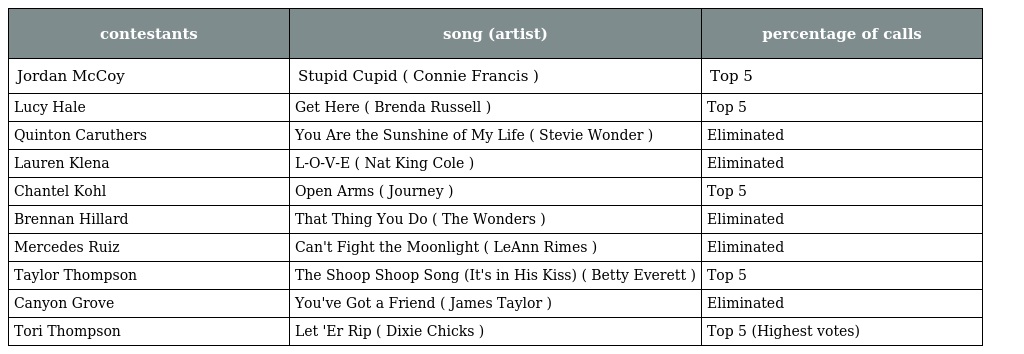
| contestants | song (artist) | percentage of calls |
 | --- | --- | --- |
 | Jordan McCoy | Stupid Cupid ( Connie Francis ) | Top 5 |
 | Lucy Hale | Get Here ( Brenda Russell ) | Top 5 |
 | Quinton Caruthers | You Are the Sunshine of My Life ( Stevie Wonder ) | Eliminated |
 | Lauren Klena | L-O-V-E ( Nat King Cole ) | Eliminated |
 | Chantel Kohl | Open Arms ( Journey ) | Top 5 |
 | Brennan Hillard | That Thing You Do ( The Wonders ) | Eliminated |
 | Mercedes Ruiz | Can't Fight the Moonlight ( LeAnn Rimes ) | Eliminated |
 | Taylor Thompson | The Shoop Shoop Song (It's in His Kiss) ( Betty Everett ) | Top 5 |
 | Canyon Grove | You've Got a Friend ( James Taylor ) | Eliminated |
 | Tori Thompson | Let 'Er Rip ( Dixie Chicks ) | Top 5 (Highest votes) |